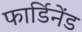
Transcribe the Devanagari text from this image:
फार्डिनेंड